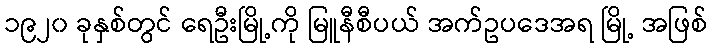
၁၉၂၀ ခုနှစ်တွင် ရေဦးမြို့ကို မြူနီစီပယ် အက်ဥပဒေအရ မြို့ အဖြစ်